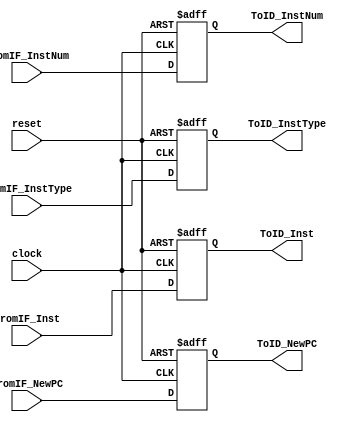
`timescale 1ns / 1ps
//////////////////////////////////////////////////////////////////////////////////
// Company:        Team.TeaWhen
// 
// Design Name: 
// Module Name:    PipelineReg_IFID 
// Project Name:   Five Stage Pipeline CPU
// Target Devices: Spartan3E Starter Kit
// Tool versions:  Xilinx ISE 14.1
// Description:    I love @Lilian_Ye
//
// Dependencies: 
//
// Revision: 
// Revision 0.01 - File Created
// Additional Comments: 
//
//////////////////////////////////////////////////////////////////////////////////
module PipelineReg_IFID(
    input wire clock,
    input wire reset,
    
    input wire [31:0] FromIF_Inst,
    input wire [31:0] FromIF_NewPC,
    input wire [3:0]  FromIF_InstNum,
    input wire [3:0]  FromIF_InstType,
    
    output reg [31:0] ToID_Inst,
    output reg [31:0] ToID_NewPC,
    output reg [3:0]  ToID_InstNum,
    output reg [3:0]  ToID_InstType
    );

    always @ (posedge clock or posedge reset) begin
        if (reset == 1) begin
            ToID_Inst <= 32'b0;
            ToID_NewPC <= 32'b0;
            ToID_InstNum <= 4'b0;
            ToID_InstType <= 4'b0;
        end
        else begin
            ToID_Inst <= FromIF_Inst;
            ToID_NewPC <= FromIF_NewPC;
            ToID_InstNum <= FromIF_InstNum;
            ToID_InstType <= FromIF_InstType;
        end
    end

endmodule